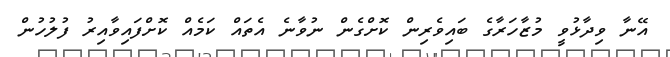
އޭނާ ވިދާޅުވީ މުޒާހަރާގެ ބައިވެރިން ކޮށްގެން ނުވާނެ އެތައް ކަމެއް ކޮށްފައިވާއިރު ފުލުހުން